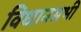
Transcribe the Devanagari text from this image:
विधानसभी